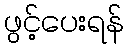
ဖွင့်ပေးရန်